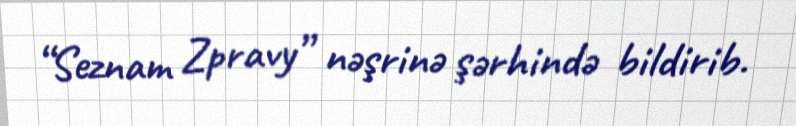
“Seznam Zpravy” nəşrinə şərhində bildirib.